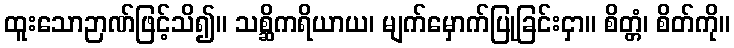
ထူးသောဉာဏ်ဖြင့်သိ၍။ သစ္ဆိကရိယာယ၊ မျက်မှောက်ပြုခြင်းငှာ။ စိတ္တံ၊ စိတ်ကို။